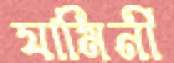
যামিনী